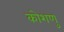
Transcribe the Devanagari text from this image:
कोशणु